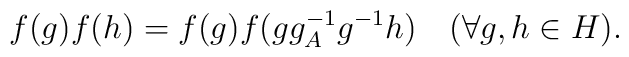
f(g)f(h)=f(g)f(gg^{-1}_{A}g^{-1}h) ~~~(\forall g,h\in H).